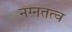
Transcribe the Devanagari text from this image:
नग्नतत्व